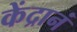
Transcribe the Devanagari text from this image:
केंद्रानं